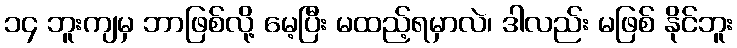
၁၄ ဘူးကျမှ ဘာဖြစ်လို့ မေ့ပြီး မထည့်ရမှာလဲ၊ ဒါလည်း မဖြစ် နိုင်ဘူး